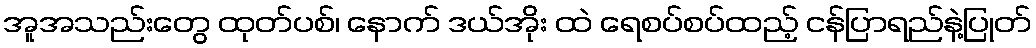
အူအသည်းတွေ ထုတ်ပစ်၊ နောက် ဒယ်အိုး ထဲ ရေစပ်စပ်ထည့် ငန်ပြာရည်နဲ့ပြုတ်